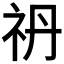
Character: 𥘘